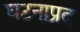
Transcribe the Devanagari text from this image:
घटनाप्रद